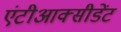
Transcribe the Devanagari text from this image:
एंटीआक्सीडेंट